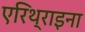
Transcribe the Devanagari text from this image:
एरिथ्राइना